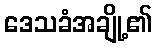
ဒေသခံအချို့၏